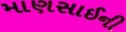
માણસાઈની